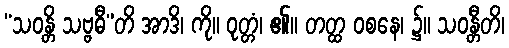
“သဝန္တိ သဗ္ဗဓီ”တိ အာဒိ၊ ကို။ ဝုတ္တံ၊ ၏။ တတ္ထ ဝစနေ၊ ၌။ သဝန္တီတိ၊